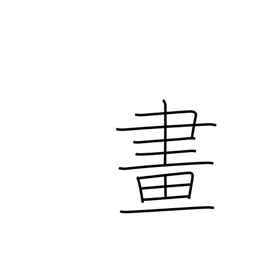
Meaning: drawing